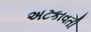
અટકાવતી